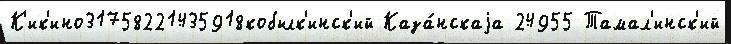
К'ик'ино31758221435918кобылк'инск'ий Каза́нскаjа 24955 Тамал'инск'ий